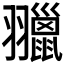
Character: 𦒦